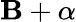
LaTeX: \mathbf{B}+\alpha